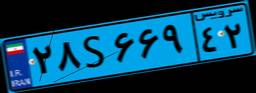
۲۸S۶۶۹۴۲